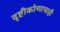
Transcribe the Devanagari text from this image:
दृष्टीकोणाचाही